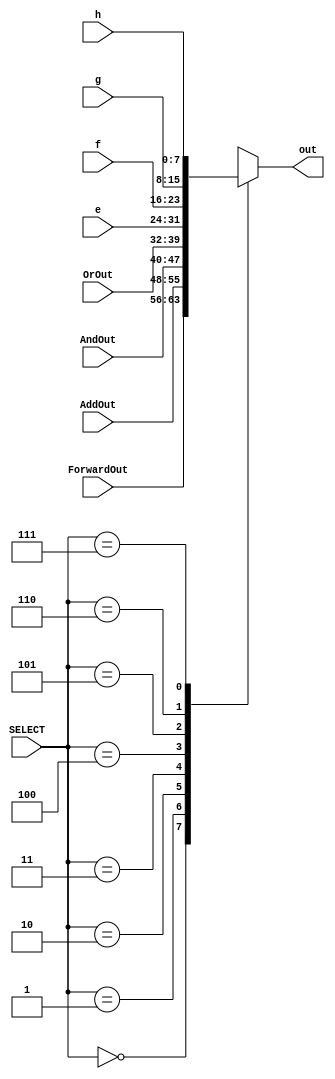
// MUX module (8x3 MUX)
module MUX(ForwardOut,AddOut,AndOut,OrOut,e,f,g,h, SELECT, out);
    
    input [7:0] ForwardOut,AddOut,AndOut,OrOut,e,f,g,h;                 // Eight 8-bit inputs to the MUX
    input [2:0] SELECT;                                                 // 3-bit select input
    output reg [7:0] out;                                               // 8-bit output of the mux (connected to the result port of the ALU)

    // An always block for the switch case
    always @(ForwardOut,AddOut,AndOut,OrOut,e,f,g,h,SELECT) 
    begin
        // The case structure
        case(SELECT)
            3'b000: out = ForwardOut;               // Forward result
            3'b001: out = AddOut;                   // ADD result
            3'b010: out = AndOut;                   // AND result
            3'b011: out = OrOut;                    // OR result
            // Reserved for future operations
            3'b100: out = e;
            3'b101: out = f;
            3'b110: out = g;
            3'b111: out = h;
            default: out = 8'bxxxxxxxx;
        endcase
    end
    
endmodule